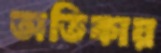
অতিকায়